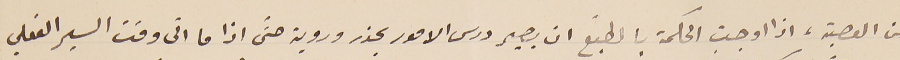
من العصبة، اذا اوجبت الحكمة بالطّبع ان يصير درس الامور بحذر وروية حتّى اذا ما اتى وقت السير الفعلي